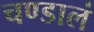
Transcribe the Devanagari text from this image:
चण्डालं